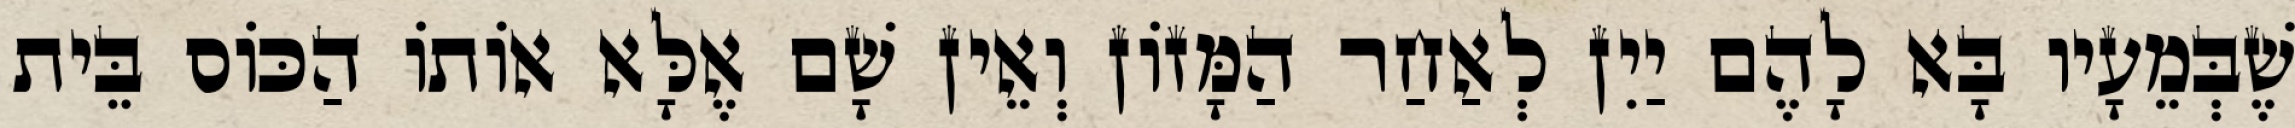
שֶׁבְּמֵעָיו בָּא לָהֶם יַיִן לְאַחַר הַמָּזוֹן וְאֵין שָׁם אֶלָּא אוֹתוֹ הַכּוֹס בֵּית